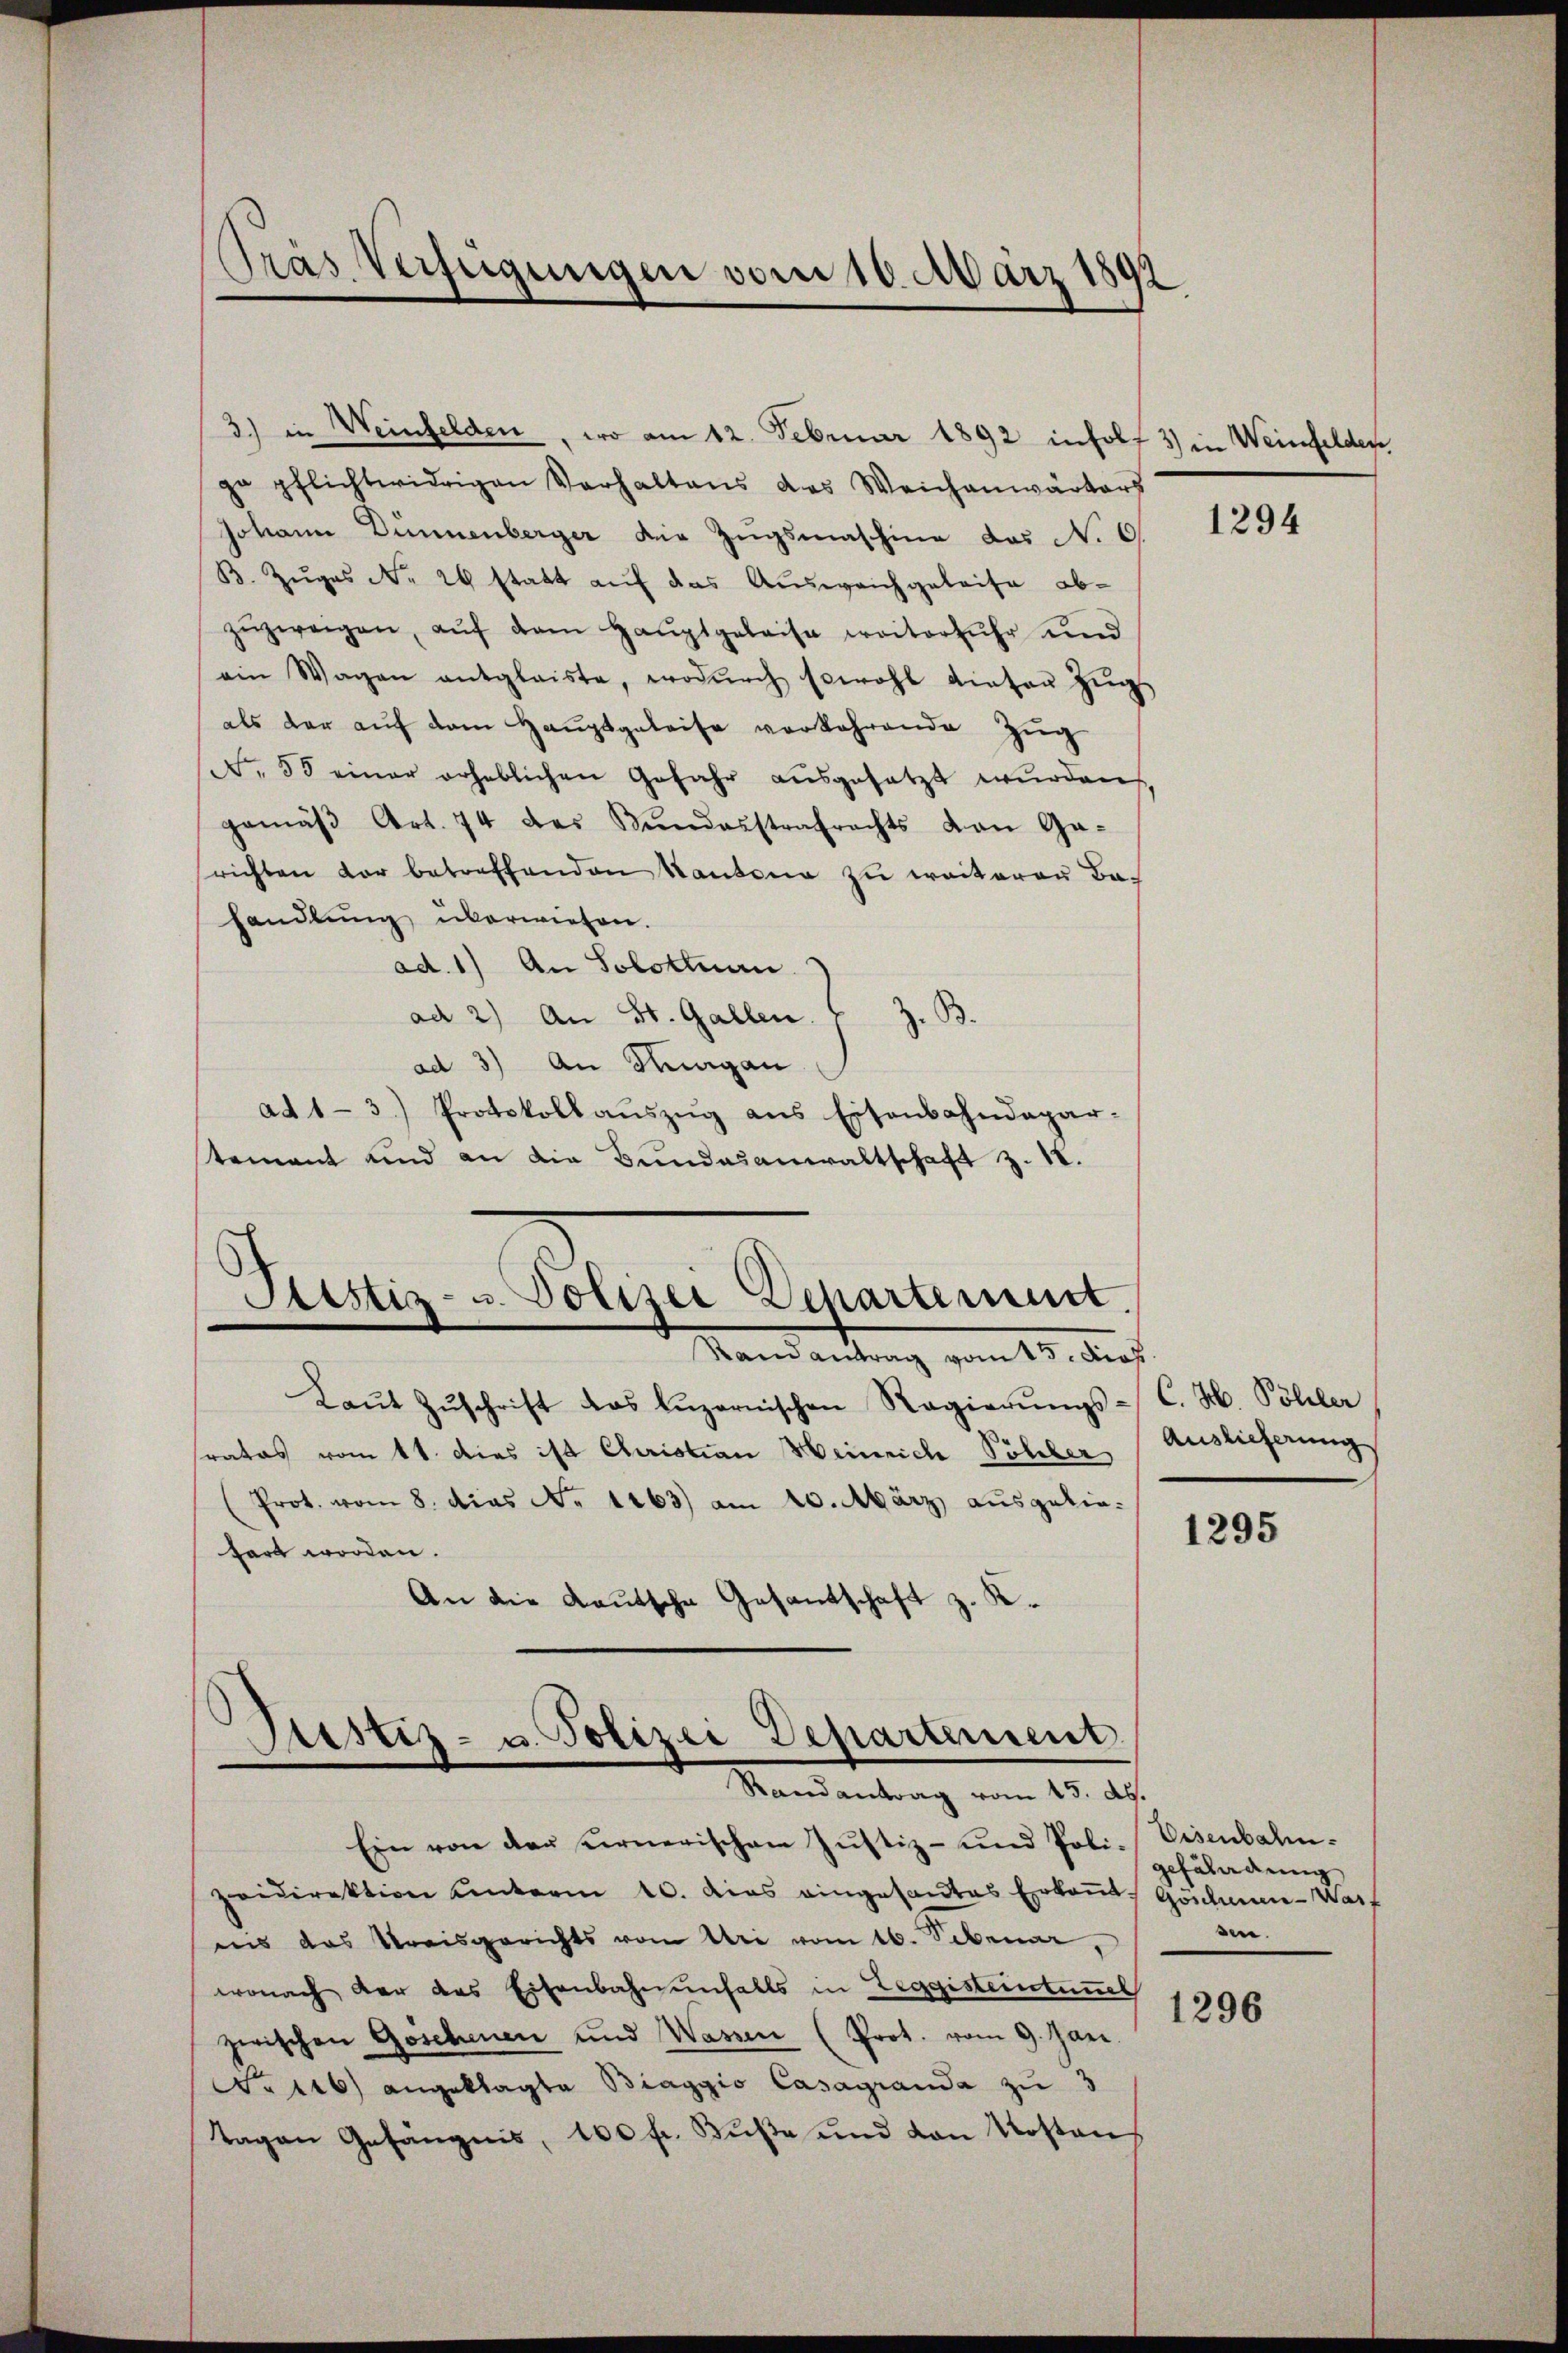
3.) in Weinfelden, wo am 12. Februar 1892 inholz 3) in Weinfelder,
ge pflichtwidrigen Verhaltens das Weichenwärters
Johann Dünnenberger der Zugsmaschine das No 6.
B. Zuges No 20 statt auf das Ausweichgeleise abzŭzweigen, aŭf dem Haŭptgeleise weiterfuhr und
ein Wagen entglaiste, wodŭrch sowohl dieser Zŭg
als der aŭf dem Haŭptgeleise verkehrende Zŭg
No. 53 einer erheblichen Gefahr aŭsgesetzt wurden,
gemäβ Art. 74 des Mundarstrafrechts von Ga-
richten der betreffenden Kantona zŭ weiteren Ba-
handlung überwiesen.
ad. 1) An Solottuan
ad 2) An St. Gallen.
z. B.
ad 3) An Nuagan
ad 1-3.) Protokoll aŭszŭg ans Eisenbahndepar-
tement und an die Bundesanwaltschaft z. 18.

Pras Verfügungen vom 10. März 1892

Sistiz- u. Polizei Departement.
Randantrag vom 15. Dros.

Justiz- u. Polizei Departement
Randantrag vom 15. d.

Laŭt Zŭschrift das Lŭzernischen Regierŭngs-
stratos vom 11. dies ist Christian Heinrich Pohber
Prot. vom 8. dies No 1163) am 10. März ausgelie-
fart worden.
An die Kautsche Gesantschaft z. K.

Ein von der Kernerischen Justiz- und Poli-Eisenbahn-
zeidirektion unterm 10. dies eingesantes Erkaṅt Göschen-Warf
reis das Kreisgerichts von Uri vom 16. Seben,
wonach der das Eisenbahnenfalls in Leggisteintanel
zwischen Goschenen und Wassen (Prot. vom 9. Jan
N. 116) angeklagte Biaggio Casagranda zu 3
tagen Gefängnis, 100 fl. Fuße und von Kostens

1294

C. H. Pöller
Auslieferung

1295

1296

gefährdung
en.